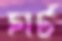
হার্ট